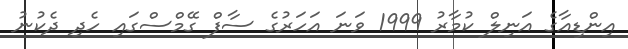
އިންޑިއާގެ އަނިލް ކުމާރު 1999 ވަނަ އަހަރުގެ ސާފް ގޭމްސްގައި ހެދި ދެކުނު